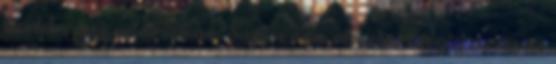
kisebb rossz. adamisivan: Sajnos nem olvastam végig az összes